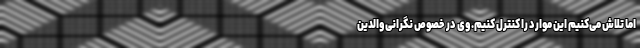
اما تلاش می‌کنیم این موارد را کنترل کنیم. وی در خصوص نگرانی والدین